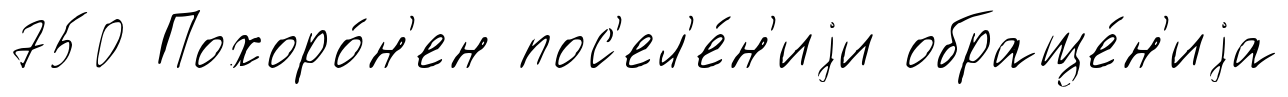
750 Похоро́н'ен пос'ел'е́н'иjи обраще́н'иjа